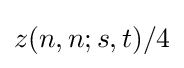
z(n,n;s,t)/4